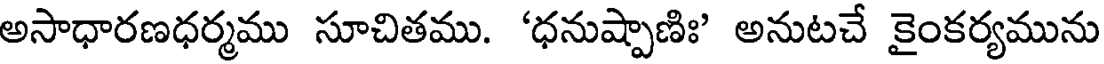
అసాధారణధర్మము సూచితము. 'ధనుష్పాణిః' అనుటచే కైంకర్యమును